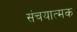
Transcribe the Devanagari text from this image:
संचयात्मक